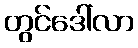
တွင်ဒေါ်လာ